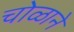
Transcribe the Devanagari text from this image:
चोळाने